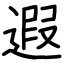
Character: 遐